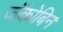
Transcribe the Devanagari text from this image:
जॅकोबिन